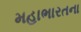
મહાભારતના